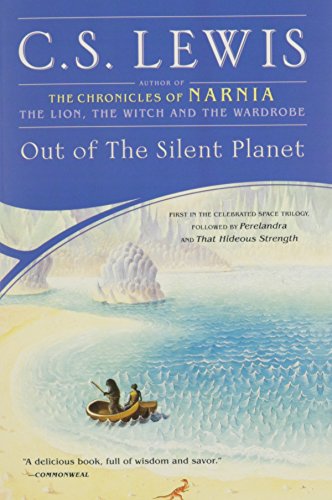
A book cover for Out of the Silent Planet (Space Trilogy); C.S. Lewis; Science Fiction & Fantasy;